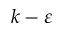
k - \varepsilon